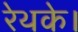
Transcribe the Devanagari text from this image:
रेथके।